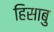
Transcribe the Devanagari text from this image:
हिसाबु